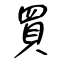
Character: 買